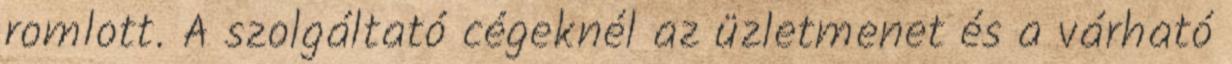
romlott. A szolgáltató cégeknél az üzletmenet és a várható